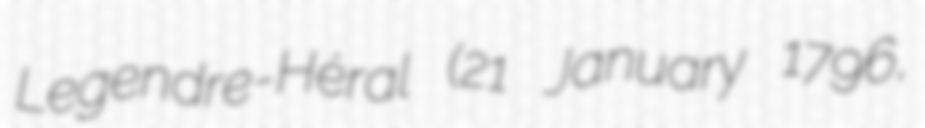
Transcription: Legendre-Héral (21 January 1796,